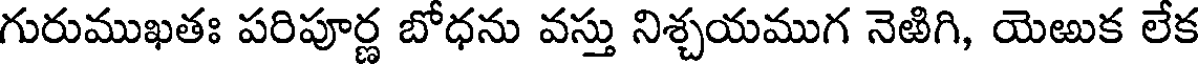
గురుముఖతః పరిపూర్ణ బోధను వస్తు నిశ్చయముగ నెఱిగి, యెఱుక లేక